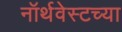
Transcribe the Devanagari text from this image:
नॉर्थवेस्टच्या